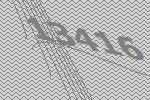
13416